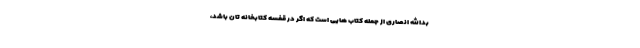
بدالله انصاری از جمله کتاب هایی است که اگر در قفسه کتابخانه تان باشد،